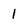
Character: 1